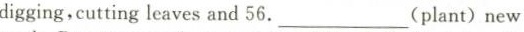
digging,cutting leaves and 56. ___(plant) new